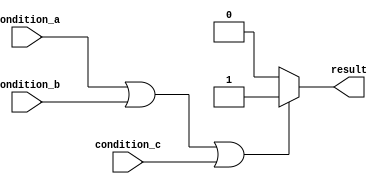
module if_else_logical_or (
    input wire condition_a,
    input wire condition_b,
    input wire condition_c,
    output reg result
);

always @* begin
    if (condition_a || condition_b || condition_c) begin
        result = 1;
    end
    else begin
        result = 0;
    end
end

endmodule